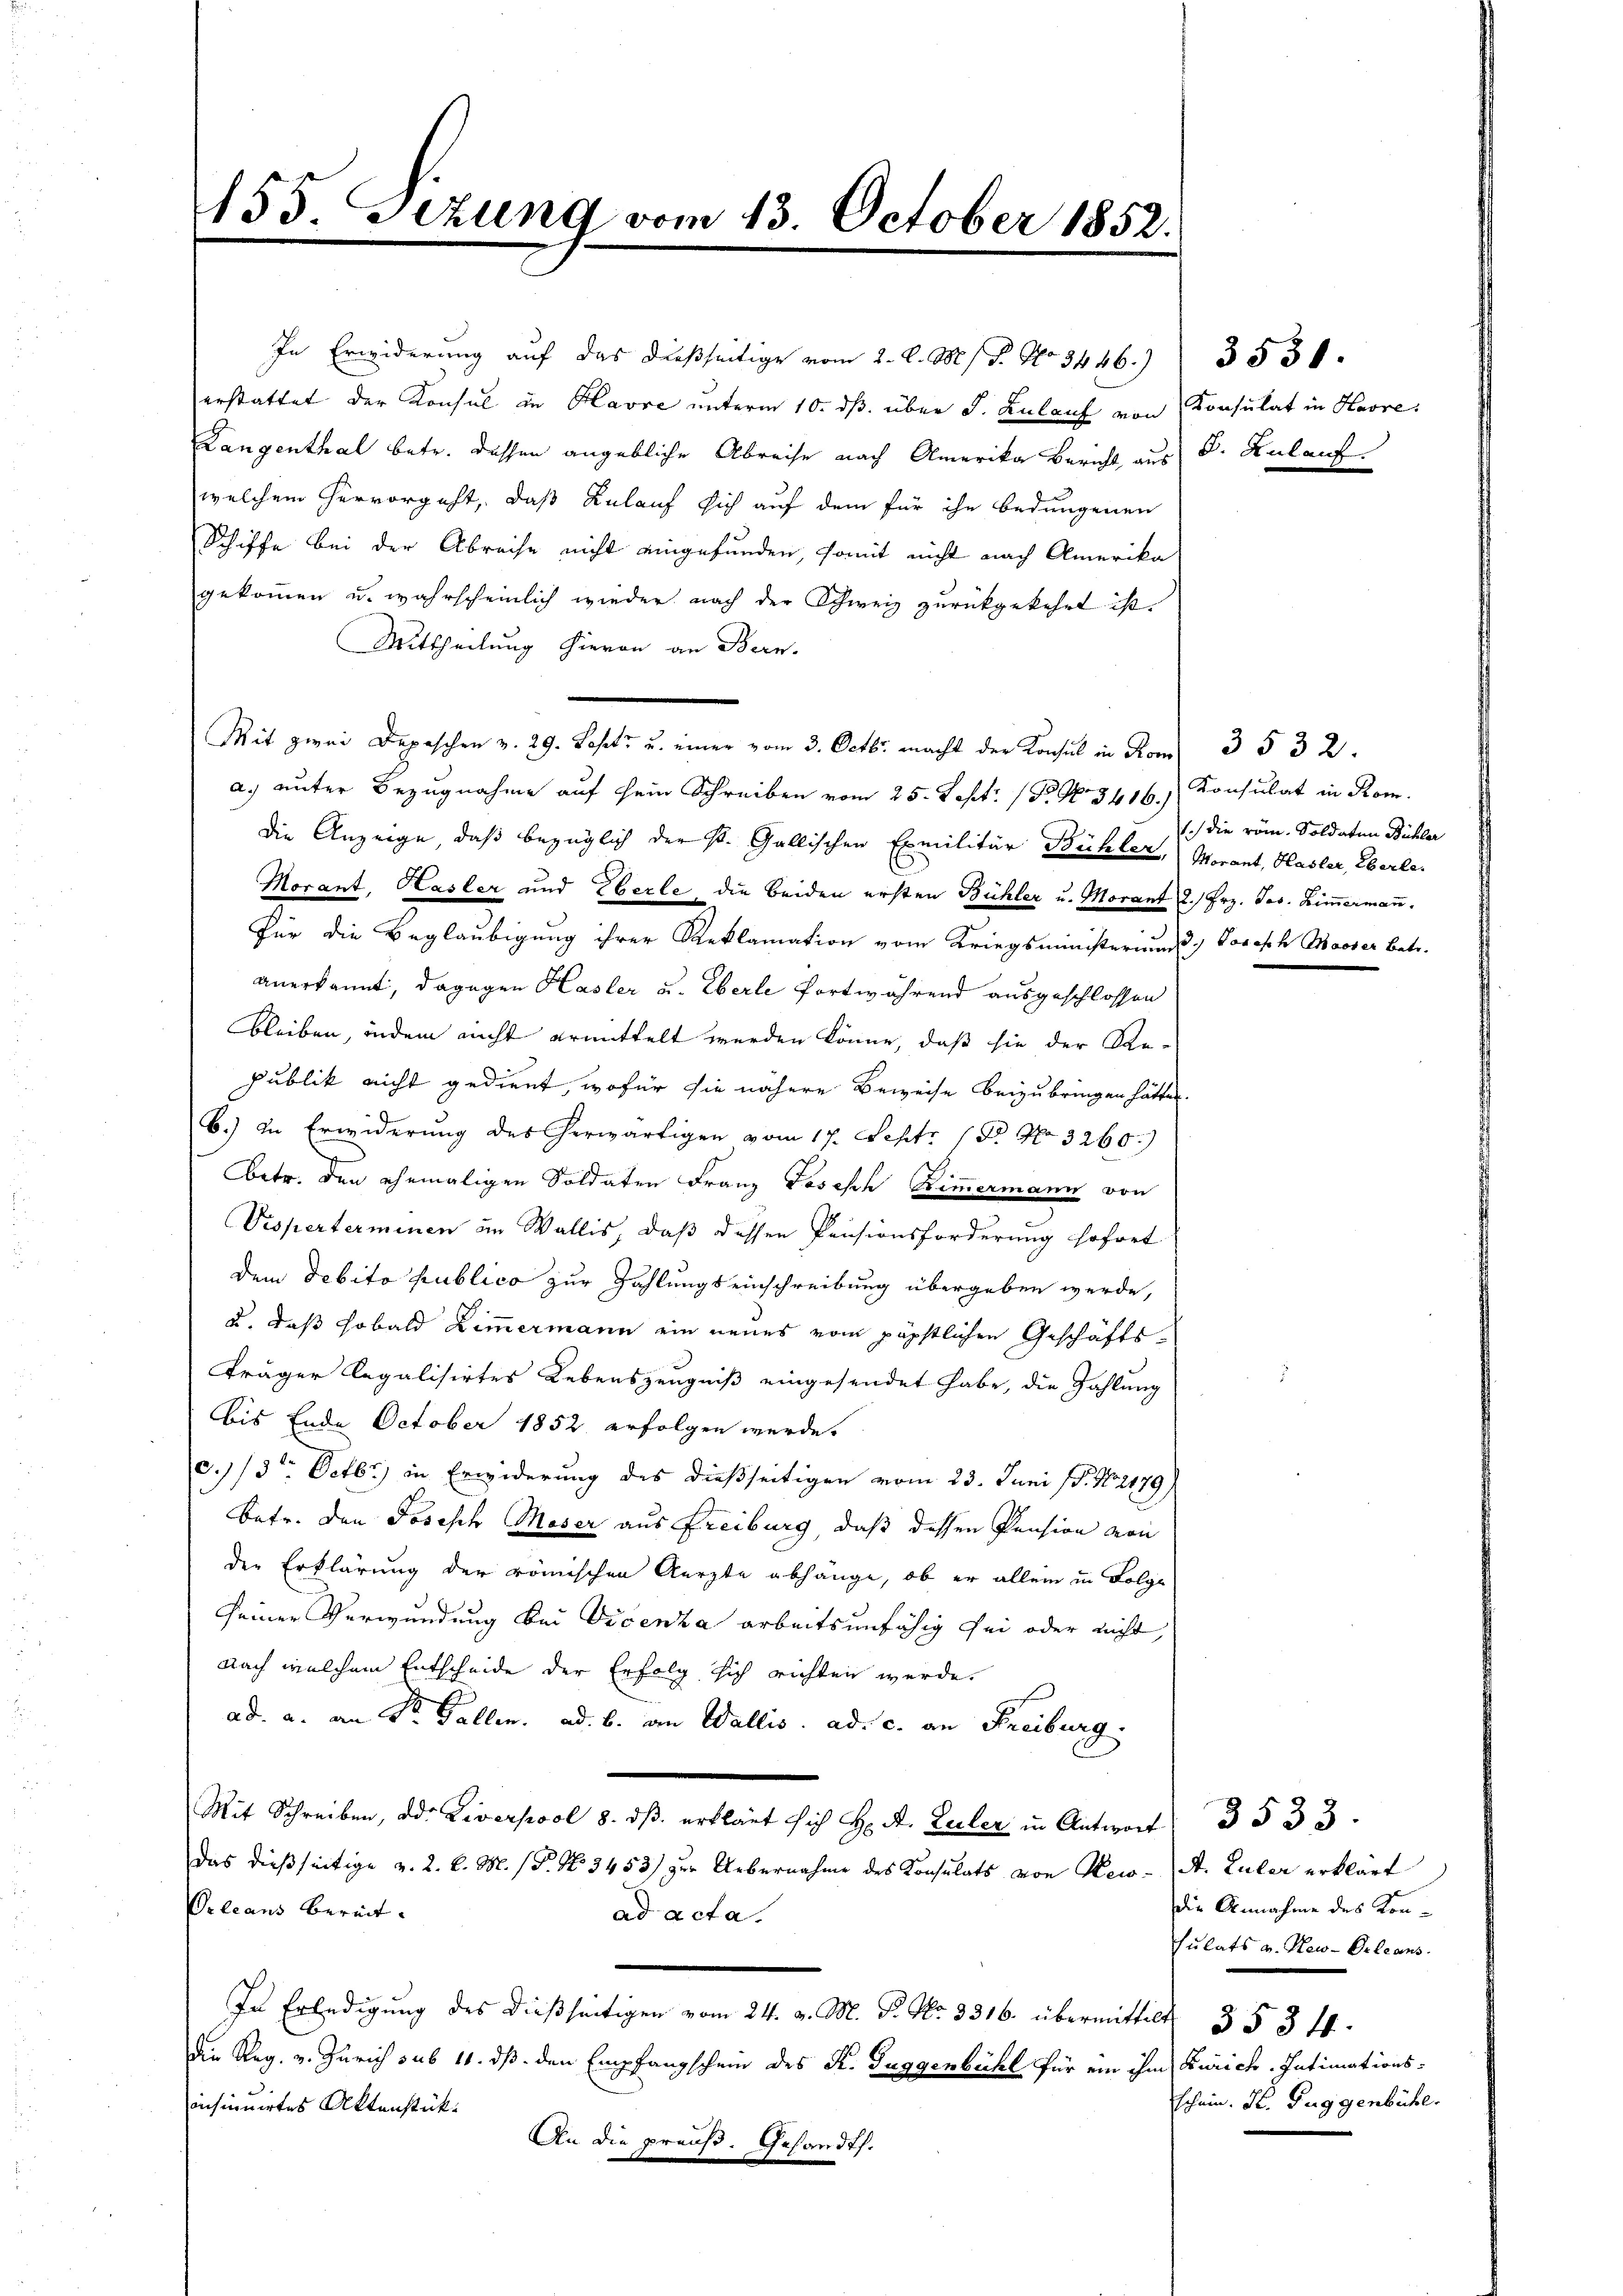
155. Sizung vom 13. October 1852.

In Erwiderung auf das dießseitige vom 2. d. M. P. No. 3446.)
erstattet der Konsul in Havre unterm 10. ds. über d. Zulauf von Konsulat in Havre
Langenthal betr. dassen angebliche Abreise nach Amerika Bericht aus B. Zulauf
welchem hervorgeht, daß Relauf sich auf dem für ihn bedungenen
Schiffe bei der Abreise nicht eingefunden, somit nicht nach Amerika
gekommen u. wahrscheinlich wieder nach der Schweiz zurückgekehrt ist.
Mittheilung hievon an Bern.
a.) unter Bezugnahme auf sein Schreiben vom 25. Sept. (T. N. 3416/ Konsulat in Rom.
die Anzeige, daß bezüglich der s. Gallischen Ermilitär Bühler, Morant, Hasler, Eberle¬
Morant, Kasler und Eberle, die beiden ersten Bühler u. Morant 2. Frz. Jos. Ziṁermaṅ.
Für die Beglaubigung ihrer Reklamation vom Kriegsministerium d. Joseph Masser betr.
anerkannt, dagegen Hasler u. Eberle fortwährend ausgeschlossen
bleiben, indem nicht ermittelt werden könne, daß sie der Kanpublik nicht gedient, wofür sie nähere Beweise beizubringen hätten.
b.) In Erwiderung des erwärtigen vom 17. Sept. 18. No 3260.
betr. den ehemaligen Soldaten Franz Joseph Zimmermann von
Visperterminen im Wallis, daß dessen Pensionsforderung sofort
dem Debito publico zur Zahlungseinschreibung übergeben werde,
u. daß sobald Zimmermann ein neues vom päpstlichen Geschäftsträger legalisirtes Lebenszeugniß eingesendet habe, die Zahlung
bis Ende October 1852 erfolgen werde.
c./3ten Octbr.) in Erwiderung des dießseitigen vom 23. Juni (T. No 2179)
Betr. den Joseph Moser aus Freiburg, daß dessen Pension von
der Erklärung der römischen Aerzte abhänge, ob er allein in Folge
seiner Verwundung bei Vicenza arbeitsunfähig sei oder nicht,
nach welchem Entscheide der Erfolg sich richten werde.
ad. a. an Sr. Fallen. ad b. an Wallis. ad. c. an Freiburg.
Mit Schreiben, der Liverpool 8. dβ erklärt sich H. A. Zeiler in Antwort
das dießseitige v. 2. k. M. P. Nr. 3453) zur Uebernahme des Konsulats von New-A. Zuler erklärt
Orleans bereit.
ad acta.
In Erledigung des dießseitigen vom 24. v. M. P. Nr. 3316. übermittelt. 353 ff
die Reg. v. Zürich sub 11. ds. den Empfangschein des K. Tuggenbühl für ein ihm Zürich-Intimations-

insinnirtes Aktenstück
An die preuß. Gesandt.

Mit zwei Depeschen v. 29. Losett u. einer vom 3. Octbr. macht der Konsul in Rom 3 532.

3531.

1) die röm. Soldaten Bühler

3533.
die Annahme des Konsulats v. New-Orleans
schein. St. Guggenbühl.